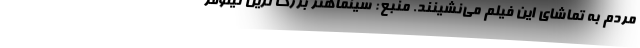
مردم به تماشای این فیلم می‌نشینند. منبع: سینماهنر بزرگ ترین نیلوفر